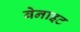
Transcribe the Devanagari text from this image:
बेनाइट